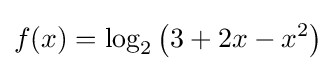
f(x)=\log _{2}\left(3+2x-x^{2}\right)